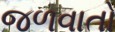
જળવાતો